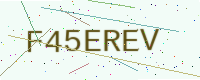
Text: F45EREV